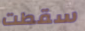
سقطت